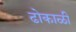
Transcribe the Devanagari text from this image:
ढोकाळी